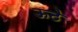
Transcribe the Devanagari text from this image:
ऊठे